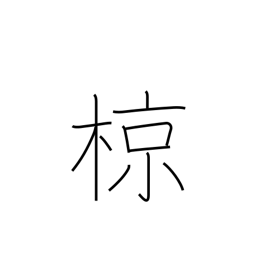
Meaning: grey starling